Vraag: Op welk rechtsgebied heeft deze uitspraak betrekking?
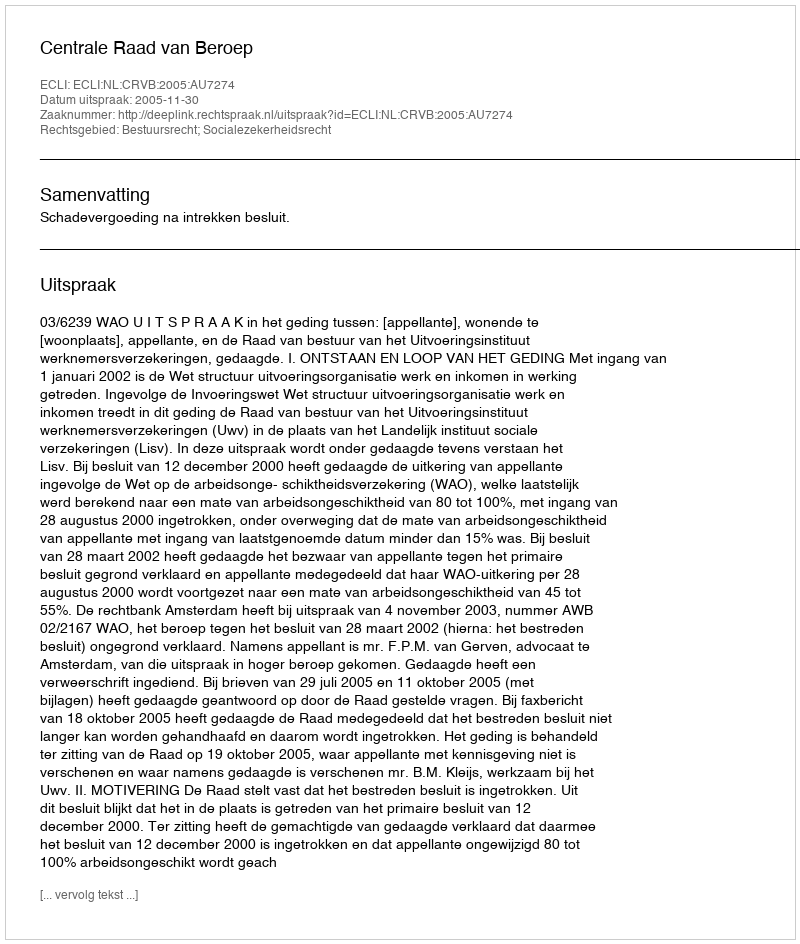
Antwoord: Bestuursrecht; Socialezekerheidsrecht